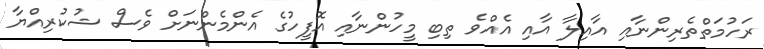
ރަހުމަތްތެރިންނާއި އާއިލާ އާއި އެއްވެ ތިބި މީހުންނާއި އޮފީހުގެ އެންމެންނަށް ވެސް ޝުކުރިއްޔާ